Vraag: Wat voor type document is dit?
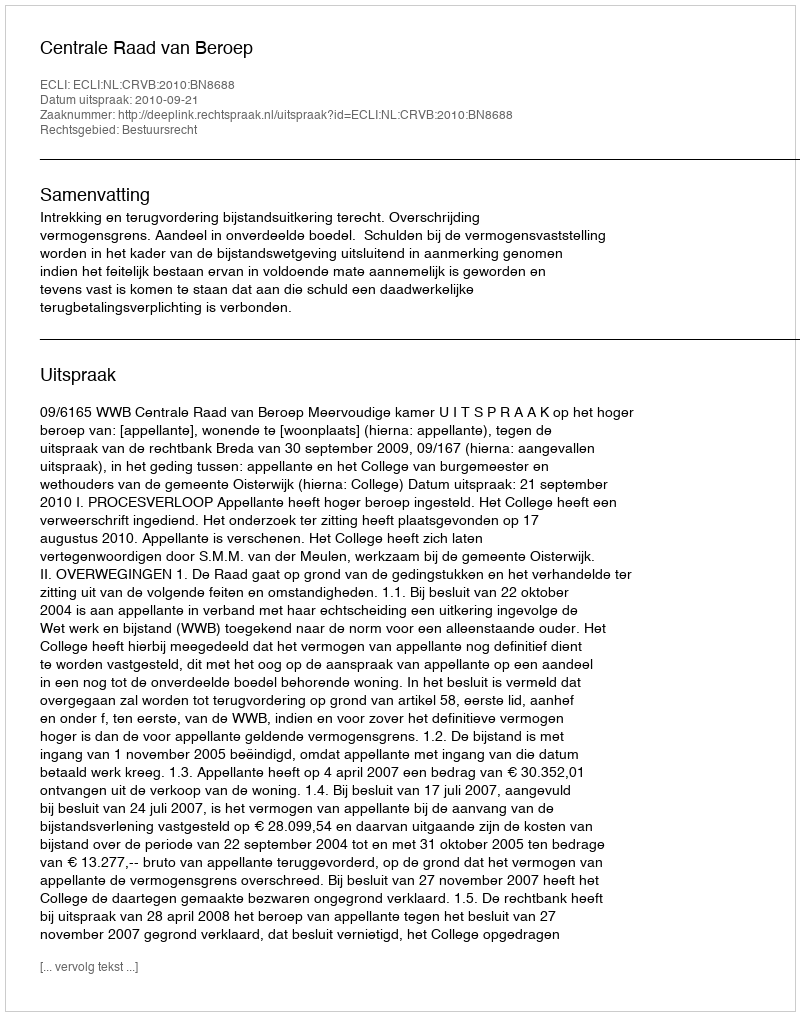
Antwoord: Uitspraak